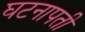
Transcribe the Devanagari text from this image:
घटनापती